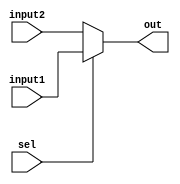
//32 bit MUX

module muxs(input sel, input [31:0] input1, input [31:0] input2, output reg [31:0] out);
integer i;
always @(*)
begin
	if (sel == 1'b1) out[31:0] = input1[31:0];
	else		out[31:0] = input2[31:0];	
end
endmodule